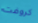
كروفت